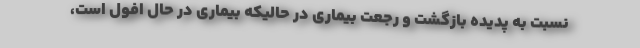
نسبت به پدیده بازگشت و رجعت بیماری در حالیکه بیماری در حال افول است،